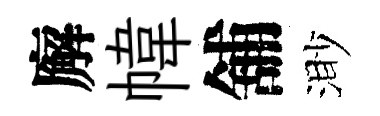
廨幃舖渺